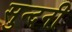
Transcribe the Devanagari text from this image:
सुन्दनी